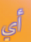
أي